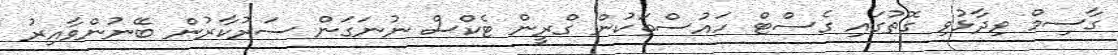
ގާސިމް ވިދާޅުވި ގޮތުގައި ގެސްޓް ހައުސްތަކުން ގްރީން ޓެކްސް ނުނަގަން ސަރުކާރުން ބޭނުންވާއިރު